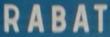
RABAT